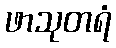
ဖာသုတရံ